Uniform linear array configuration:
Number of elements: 24
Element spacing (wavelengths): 0.75
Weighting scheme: binomial
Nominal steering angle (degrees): -60
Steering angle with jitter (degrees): -61.93
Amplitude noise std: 0.05
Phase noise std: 0.05

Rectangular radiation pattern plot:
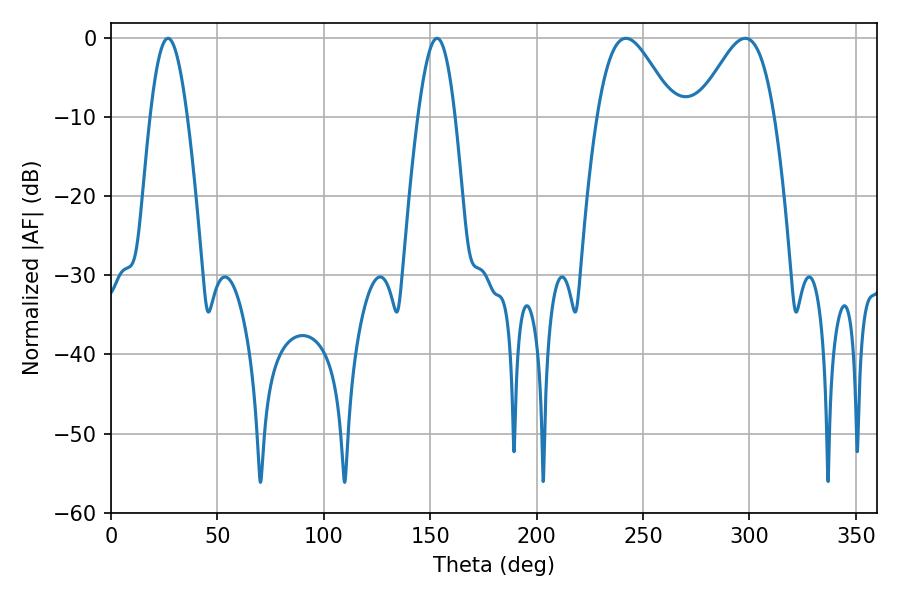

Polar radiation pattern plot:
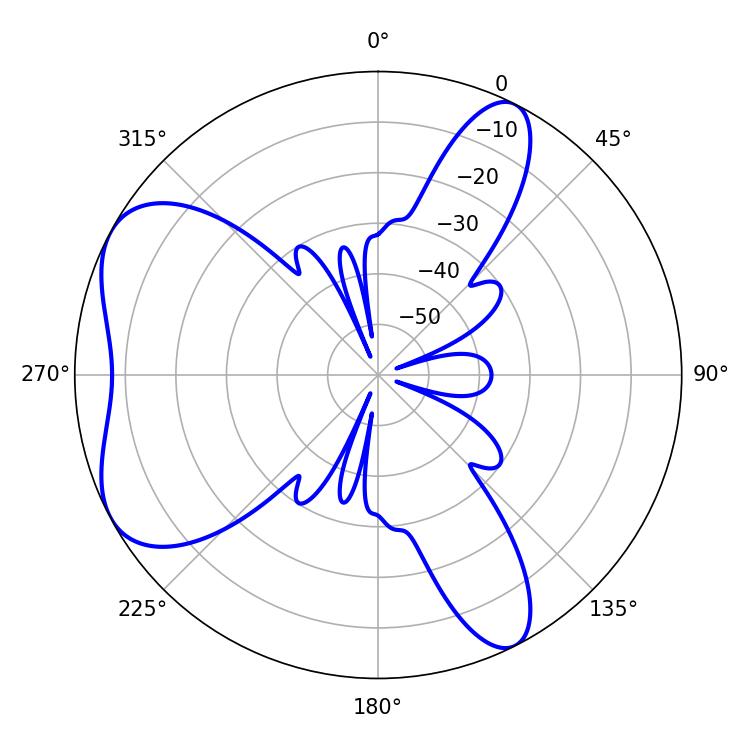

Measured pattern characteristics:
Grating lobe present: TRUE
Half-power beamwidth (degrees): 19.08
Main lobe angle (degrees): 241.92